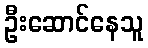
ဦးဆောင်နေသူ